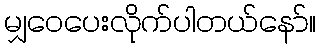
မျှဝေပေးလိုက်ပါတယ်နော်။